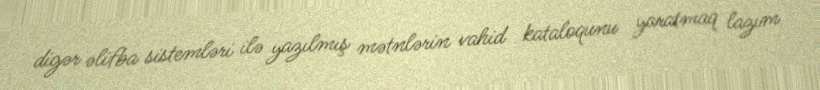
digər əlifba sistemləri ilə yazılmış mətnlərin vahid kataloqunu yaratmaq lazım